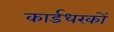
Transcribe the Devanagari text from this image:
कार्डधरकों